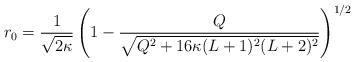
LaTeX: \begin{align*} r_0 = \frac{1}{\sqrt{2\kappa}} \left(1 - \frac{Q}{\sqrt{Q^2 + 16\kappa (L+1)^2 (L+2)^2}}\right)^{1/2}\end{align*}